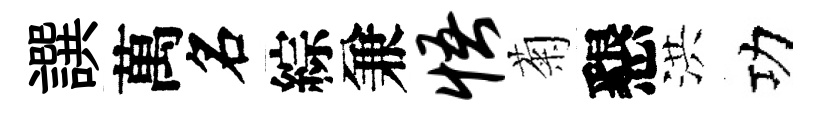
譔萬名綜兼悟菊懇洪功